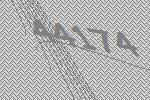
44174